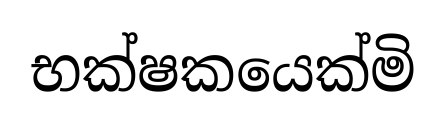
භක්ෂකයෙක්මි